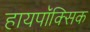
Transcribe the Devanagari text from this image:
हायपॉक्सिक